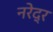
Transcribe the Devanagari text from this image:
नरेद्र